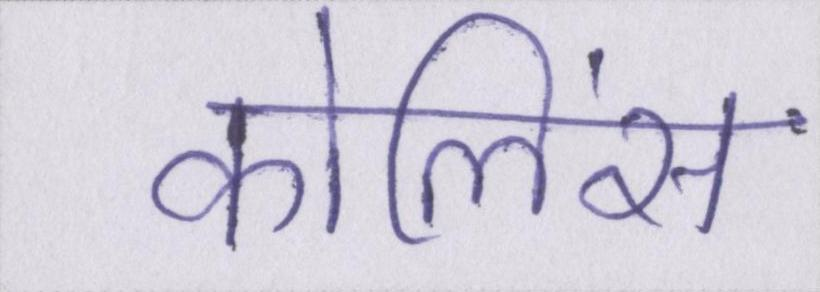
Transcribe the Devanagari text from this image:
कोलिंस